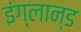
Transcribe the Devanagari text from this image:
इंग्लान्ड